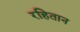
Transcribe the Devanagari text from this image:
रहितान